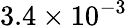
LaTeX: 3.4\times 10^{-3}